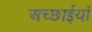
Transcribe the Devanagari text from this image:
अच्छाईयाँ